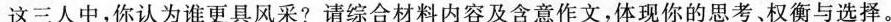
这三人中，你认为谁更具风采?请综合材料内容及含意作文，体现你的思考、权衡与选择。